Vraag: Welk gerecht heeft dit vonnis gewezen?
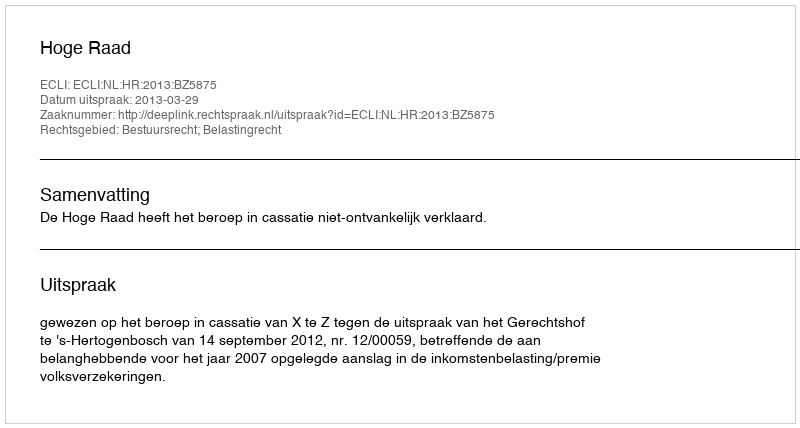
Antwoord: Hoge Raad